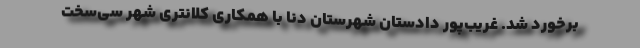
برخورد شد. غریب‌پور دادستان شهرستان دنا با همکاری کلانتری شهر سی‌سخت